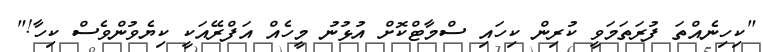
"ކިހިނެއްތަ ފުރަތަމަވީ ކުރިން ކިހައި ސްމާޓްކޮށް އުޅުނު މީހެއް އަފްރޭއަކީ ކިޔެވުންވެސް ކިހާ!"